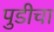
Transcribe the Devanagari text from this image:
पुडीचा